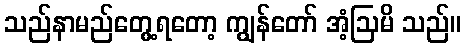
သည်နာမည်တွေ့ရတော့ ကျွန်တော် အံ့ဩမိ သည်။